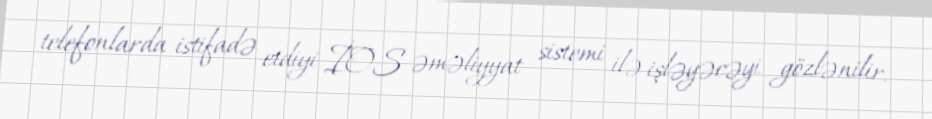
telefonlarda istifadə etdiyi İOS əməliyyat sistemi ilə işləyəcəyi gözlənilir.